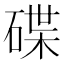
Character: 碟